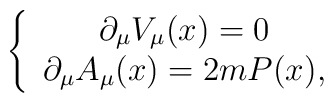
\left\{ \begin{array}{c}\partial _{\mu }V_{\mu }(x)=0 \\ \partial _{\mu }A_{\mu }(x)=2mP(x),\end{array}\right.